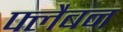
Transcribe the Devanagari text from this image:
फ्लैबन